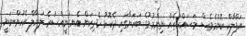
އަފްލާކް ކޮންމެވެސް މަސައްކަތެއް ނިންމުމުގެ ބަހަނާގައި ދެކޮޅު ހެދިކަން އެނގުނީއްސުރެ ލަޔާލް އެހުންނަނީ